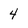
Character: 4